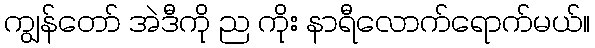
ကျွန်တော် အဲဒီကို ည ကိုး နာရီလောက်ရောက်မယ်။